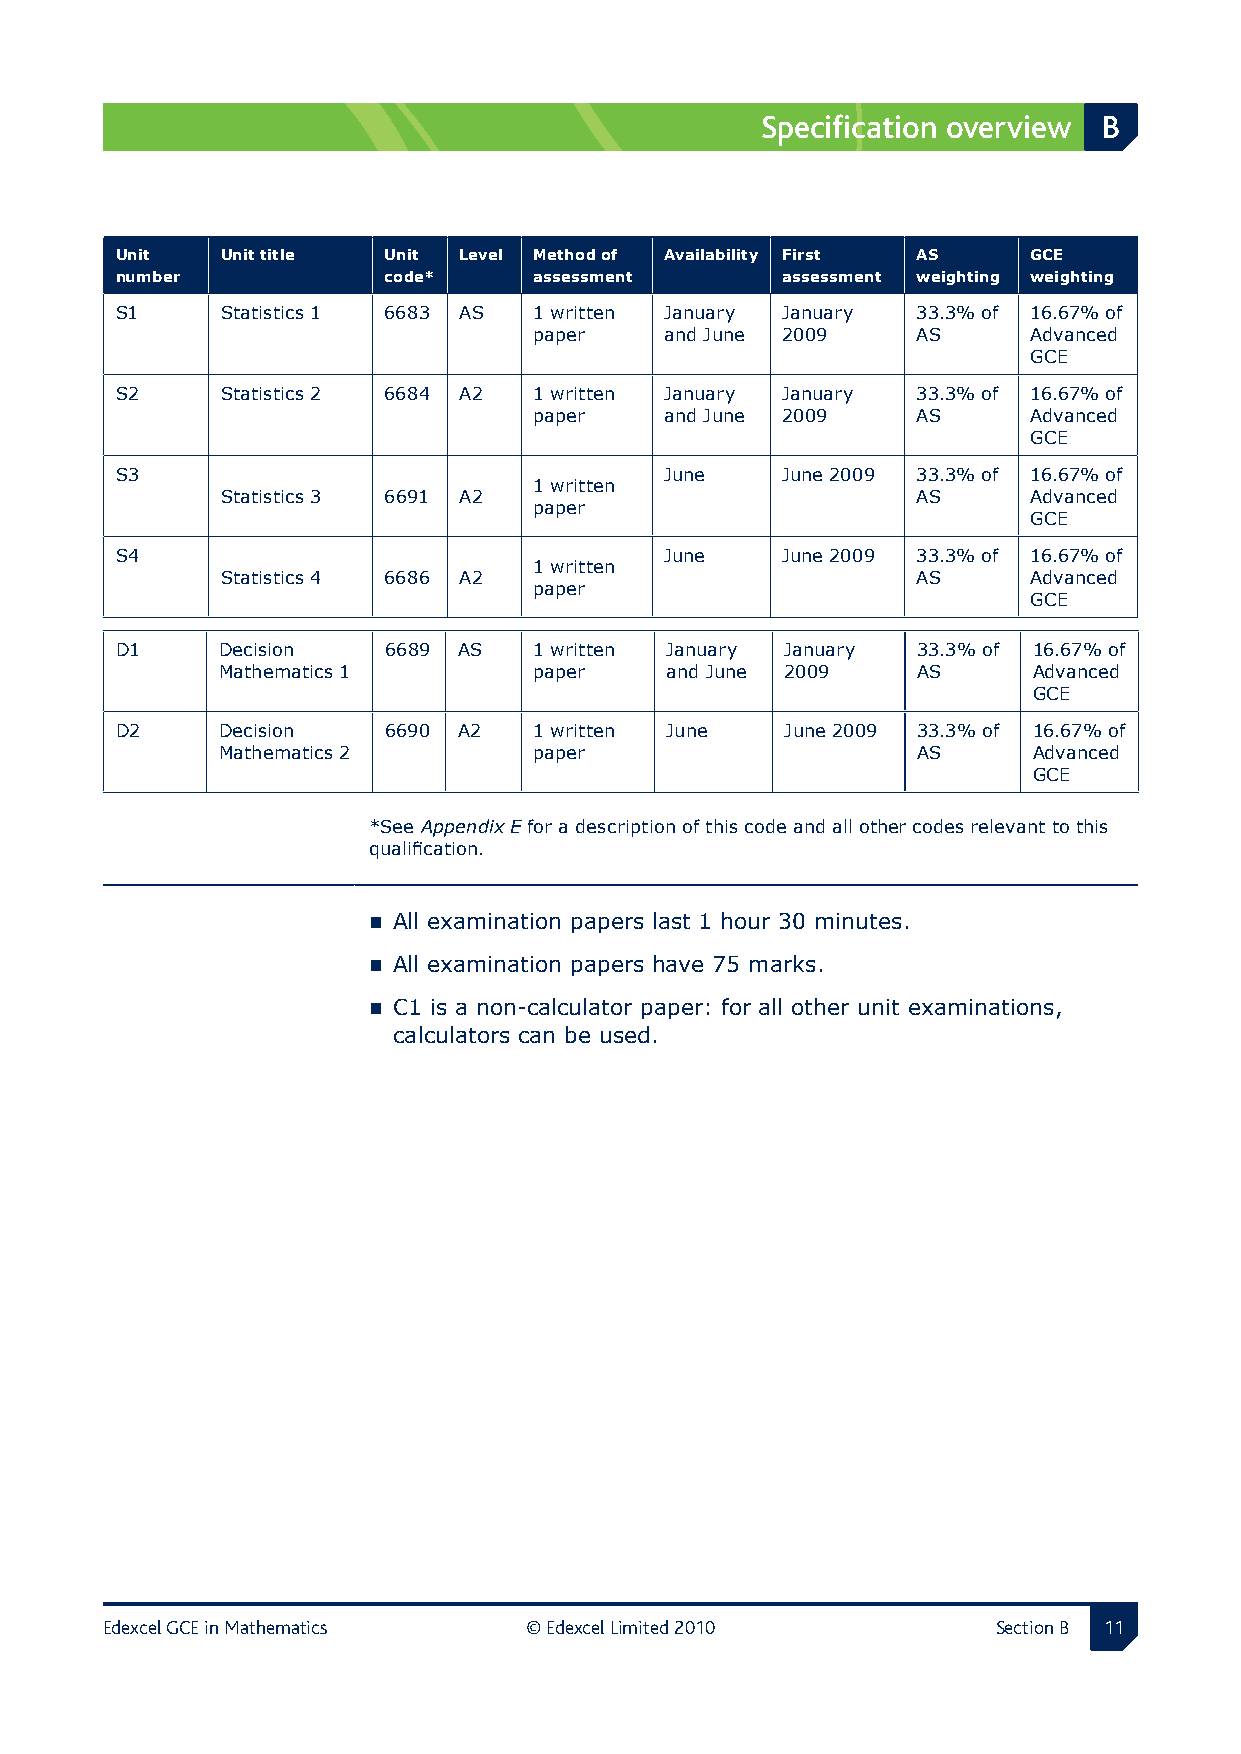
Specification overview B
 Unit   Unit title Unit Level Method of Availability First AS GCE
 number           code*     assessment       assessment weighting weighting
 S1     Statistics 1 6683 AS 1 written January January 33.3% of 16.67% of
 paper    and June 2009    AS     Advanced
 GCE
 S2     Statistics 2 6684 A2 1 written January January 33.3% of 16.67% of
 paper    and June 2009    AS     Advanced
 GCE
 S3                                  June    June 2009 33.3% of 16.67% of
 1 written
 Statistics 3 6691 A2                          AS     Advanced
 paper
 GCE
 S4                                  June    June 2009 33.3% of 16.67% of
 1 written
 Statistics 4 6686 A2                          AS     Advanced
 paper
 GCE
 D1    Decision   6689 AS   1 written January January 33.3% of 16.67% of
 Mathematics 1        paper    and June 2009    AS     Advanced
 GCE
 D2    Decision   6690 A2   1 written June   June 2009 33.3% of 16.67% of
 Mathematics 2        paper                     AS     Advanced
 GCE
 *See Appendix E for a description of this code and all other codes relevant to this
 qualification.
  All examination papers last 1 hour 30 minutes.
  All examination papers have 75 marks.
  C1 is a non-calculator paper: for all other unit examinations,
 calculators can be used.
 Edexcel GCE in Mathematics  © Edexcel Limited 2010         Section B 11